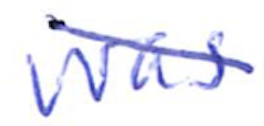
Text: was
Cross-out: mix
Writing tool: ballpoint